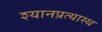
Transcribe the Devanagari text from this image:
श्यानप्रत्यास्थ